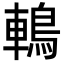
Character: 鿂